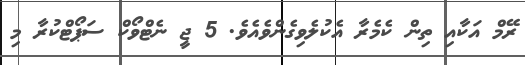
ރޭމް އަކާއި ތިން ކެމެރާ އެކުލެވިގެންވެއެވެ. 5 ޖީ ނެޓްވޯކް ސަޕޯޓްކުރާ މި